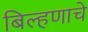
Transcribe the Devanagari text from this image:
बिल्हणाचे